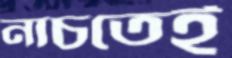
নাচতেই